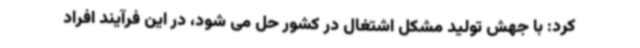
کرد: با جهش تولید مشکل اشتغال در کشور حل می شود، در این فرآیند افراد